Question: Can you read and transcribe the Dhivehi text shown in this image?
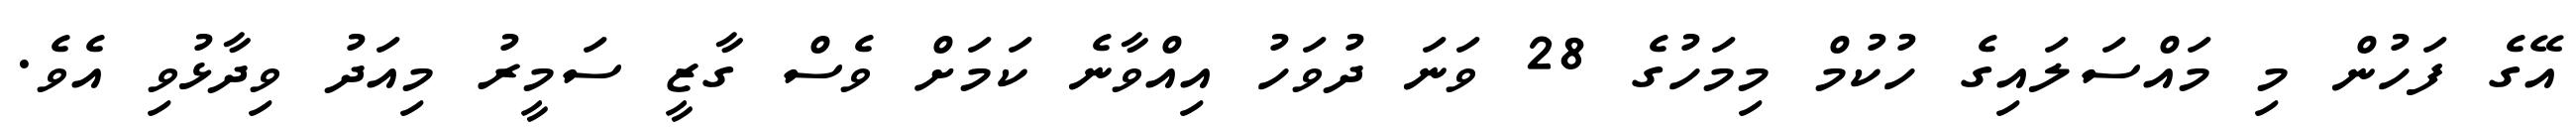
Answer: އޭގެ ފަހުން މި މައްސަލައިގެ ހުކުމް މިމަހުގެ 28 ވަނަ ދުވަހު އިއްވާނެ ކަމަށް ވެސް ގާޒީ ސަމީރު މިއަދު ވިދާޅުވި އެވެ.